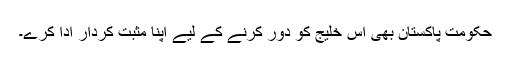
حکومت پاکستان بھی اس خلیج کو دور کرنے کے لیے اپنا مثبت کردار ادا کرے۔